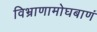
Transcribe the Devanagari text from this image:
विभ्राणामोघबाणं